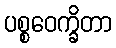
ပစ္စဝေက္ခိတာ